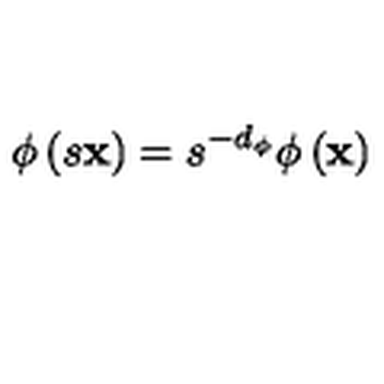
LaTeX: \phi \left( s { \bf x } \right) = s ^ { - d _ { \phi } } \phi \left( { \bf x } \right)